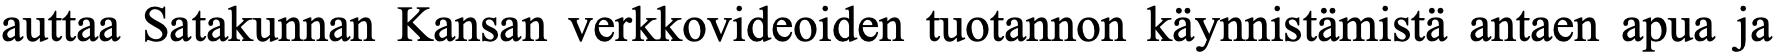
auttaa Satakunnan Kansan verkkovideoiden tuotannon käynnistämistä antaen apua ja